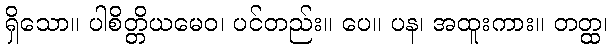
ရှိသော။ ပါစိတ္တိယမေဝ၊ ပင်တည်း။ ပေ။ ပန၊ အထူးကား။ တတ္ထ၊